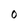
Character: O